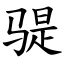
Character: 𫘨